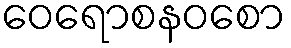
ဝေရောစနဝစော